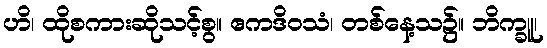
ဟိ၊ ထိုစကားဆိုသင့်စွ။ ဧကဒိဝသံ၊ တစ်နေ့သ၌။ ဘိက္ခူ၊